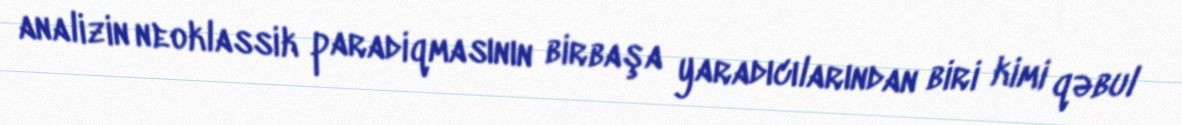
analizin neoklassik paradiqmasının birbaşa yaradıcılarından biri kimi qəbul